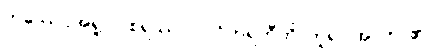
တဿေဝအရူပါဝစရဿ။ ပ။ ဝိဟရတီတိ၊ ဟူ၍။ အာဟ၊ ၏။